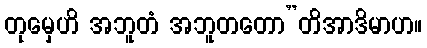
တုမှေဟိ အဘူတံ အဘူတတော”တိအာဒိမာဟ။